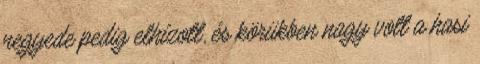
negyede pedig elhízott, és körükben nagy volt a hasi